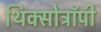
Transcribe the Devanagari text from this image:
थिक्सोट्रॉपी